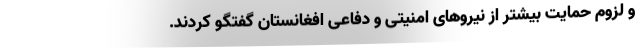
و لزوم حمایت بیشتر از نیروهای امنیتی و دفاعی افغانستان گفتگو کردند.